Lunatic asylums in Bengal annual reports 1912-1924 - 1912-1924
Year: 1912
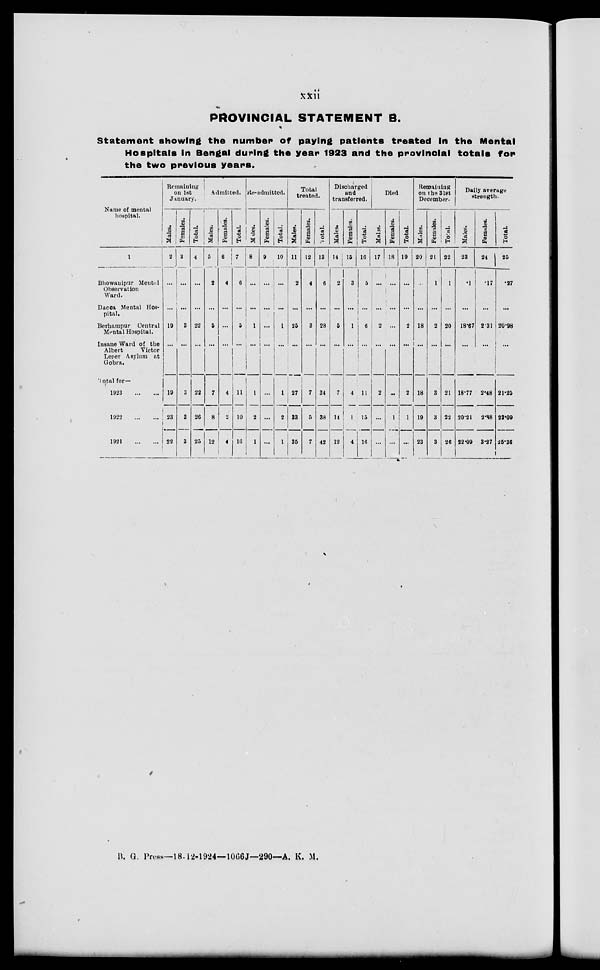
xxii
PROVINCIAL STATEMENT B.
Statement showing the number of paying patients treated in the Mental
Hospitals In Bengal during the year 1923 and the provincial totals for
the two previous years.
Name of mental
hospital.
1
Bhowanipur Mental
Observation
Ward.
Dacca Mental Hos-
pital.
Berhampur
Central
Mental Hospital.
Insane Ward of the
Albert
Victor
Leper Asylum at
Gobra.
Total for—
1923
1922
1921
Remaining
on 1st
January.
Males.
2
...
...
19
...
19
23
22
Females.
3
...
...
3
...
3
3
3
Total.
4
...
...
22
...
22
26
25
Admitted.
Males.
5
2
...
5
...
7
8
12
Females.
6
4
...
...
...
4
2
4
Total.
7
6
...
5
...
11
10
16
Re-admitted.
Males.
8
...
...
1
...
1
2
1
Females.
9
...
...
...
...
...
...
...
Total.
10
...
...
1
...
1
2
1
Total
treated.
Males.
11
2
...
25
...
27
33
35
Females.
12
4
...
3
...
7
5
7
Total.
13
6
...
28
...
34
38
42
Discharged
and
transferred.
Males.
14
2
...
5
...
7
14
12
Females.
15
3
...
1
...
4
1
4
Total.
16
5
...
6
...
11
15
16
Died
Males.
17
...
...
2
...
2
...
...
Females.
18
...
...
...
...
...
1
...
Total.
19
...
...
2
...
2
1
...
Remaining
on the 31st
December.
Males.
20
...
...
18
...
18
19
23
Females.
21
1
...
2
...
3
3
3
Total.
22
1
...
20
...
21
22
26
Daily average
strength.
Males.
23
.1
...
18.67
...
18.77
20.21
22.09
Females.
24
.17
...
2.31
...
2.48
2.88
3.27
Total.
25
.27
...
20.98
...
21.25
23.09
25.36
B. G. Press—18-12-1924—1066J—290—A. K. M.